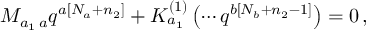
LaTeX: M _ { a _ { 1 } \, a } q ^ { a \left[ N _ { a } + n _ { 2 } \right] } + K _ { a _ { 1 } } ^ { \left( 1 \right) } \left( \cdots q ^ { b \left[ N _ { b } + n _ { 2 } - 1 \right] } \right) = 0 \, ,